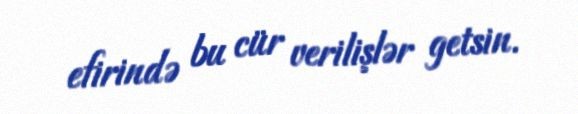
efirində bu cür verilişlər getsin.